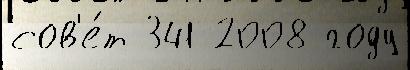
сов'е́т 341 2008 году